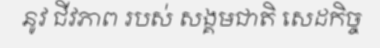
នូវ ជីវភាព របស់ សង្គមជាតិ សេដកិច្ច